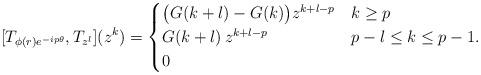
LaTeX: \begin{align*}[T_{\phi(r)e^{-ip\theta}} , T_{z^l}](z^k) = \begin{cases}\big(G(k+l)-G(k)\big)z^{k+l-p} & k\geq p\\G(k+l)\,z^{k+l-p} & p-l\leq k\leq p-1.\\0 & \end{cases}\end{align*}